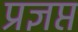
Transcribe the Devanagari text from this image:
प्रज्ञप्त